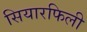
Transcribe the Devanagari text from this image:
सियारफिली